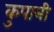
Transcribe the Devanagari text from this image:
कुपात्री